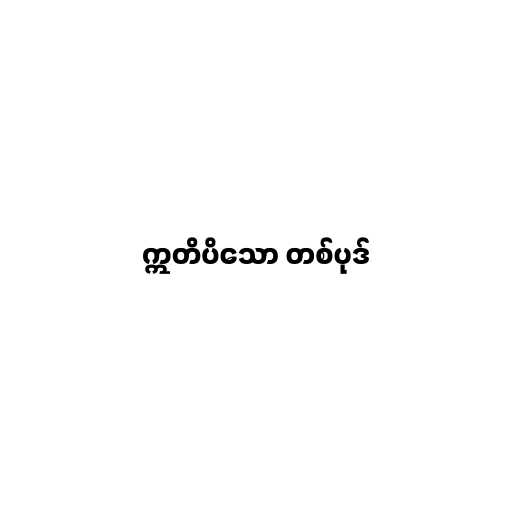
ဣတိပိသော တစ်ပုဒ်